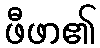
ဖီဖာ၏